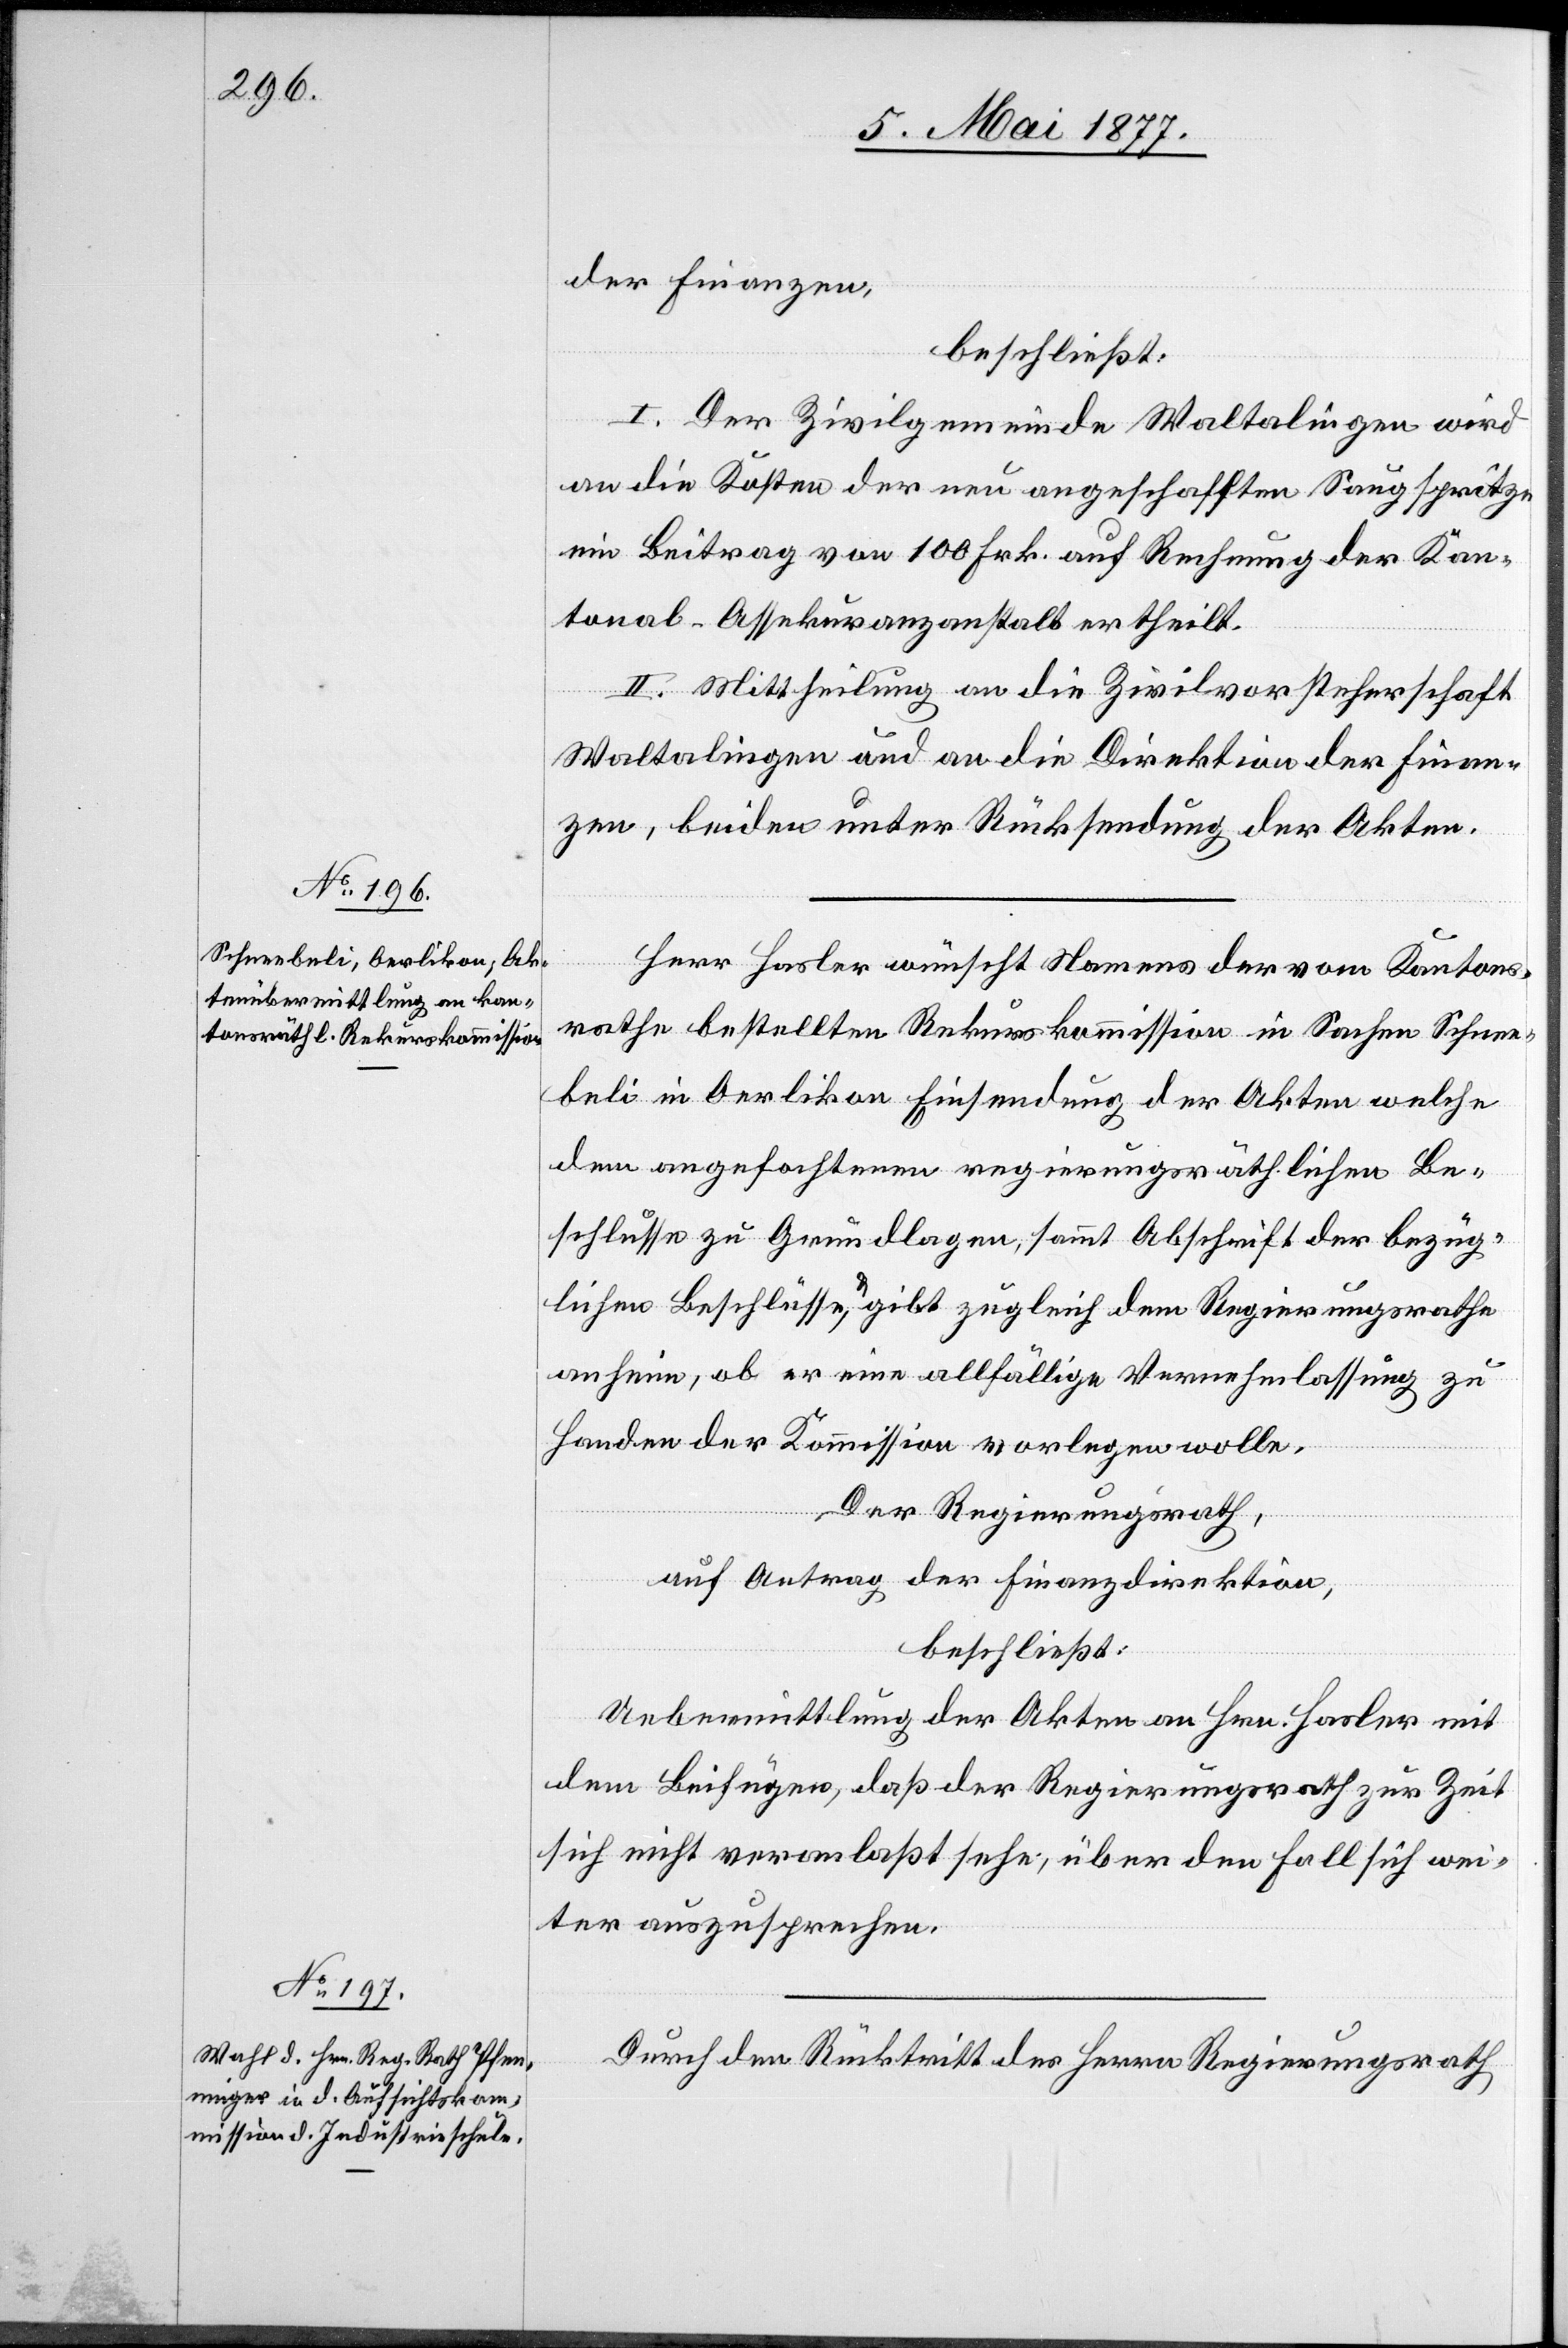
der Finanzen,
beschließt:
I. Der Zivilgemeinde Waltalingen wird
an die Kosten der neu angeschafften Saugspritze
ein Beitrag von 100 Frk. auf Rechnung der Kan¬
tonal-Assekuranzanstalt ertheilt.
II. Mittheilung an die Zivilvorsteherschaft
Waltalingen und an die Direktion der Finan¬
zen, beiden unter Rücksendung der Akten.
Herr Hasler wünscht Namens der vom Kantons¬
rathe bestellten Rekurskommission in Sachen Schnee¬
beli in Oerlikon Einsendung der Akten welche
dem angefochtenen regierungsräthlichen Be¬
schlusse zu Grundlagen [sic!], sammt Abschrift der bezüg¬
lichen Beschlüsse, & gibt zugleich dem Regierungsrathe
anheim, ob er eine allfällige Vernehmlassung zu
Handen der Kommission vorlegen wolle.
Der Regierungsrath,
auf Antrag der Finanzdirektion,
beschließt:
Uebermittlung der Akten an Hrn. Hasler mit
dem Beifügen, daß der Regierungsrath zur Zeit
sich nicht veranlaßt sehe, über den Fall sich wei¬
ter auszusprechen.
Durch den Rücktritt des Herrn Regierungsrath